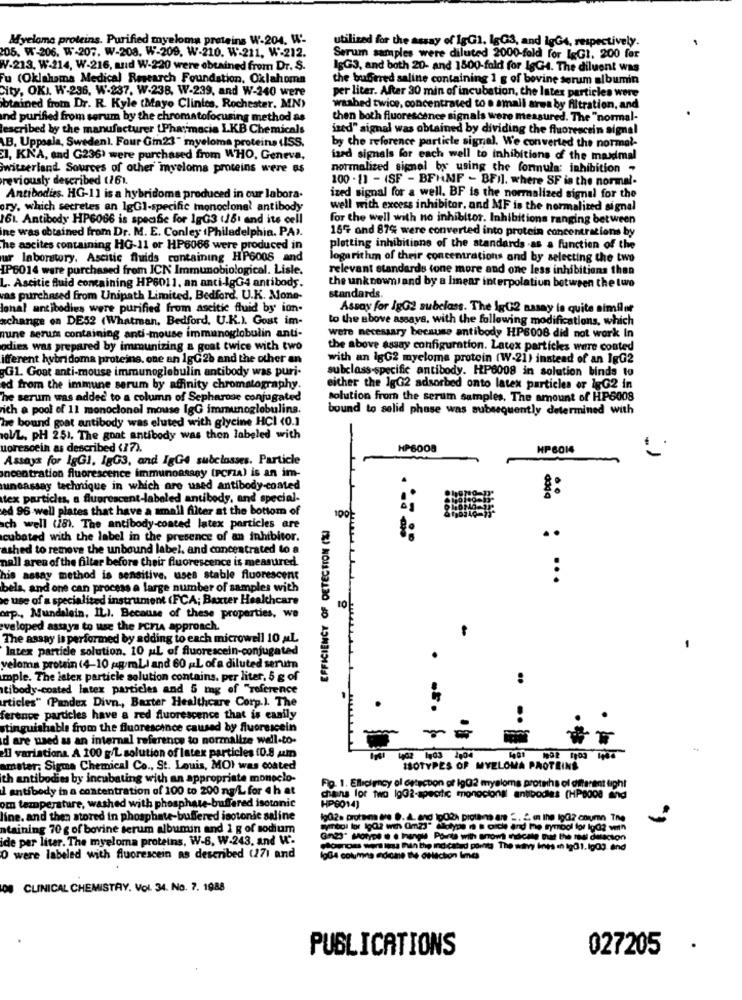
Myeloma proteins. Purified myeloma proteins W-204. W-
utilized for the assay of 1gG1. lgG3, and igGA, respectively.
205. W-206. W-207. W-208. W-209. W-210. W'221, W-212.
Serum samples were diluted 2000-fold for IgGI, 200 for
W-213, W-214, W-216, and W-220 were obtained from Dr. S.
lgG3, and both 20- and 1500-fold for IgG4. The diluent was
Fu (Oklahoma Medical Research Foundation, Oklahoma
the buffered saline containing 1 g of bovine serum albumin
City, OKI. W-236, W-237. W.238, W-239, and W-240 were
per liter. After 30 min of incubation, the Intex particles were
obtained from Dr. R. Kyle (Mayo Clinics, Rochester, MN)
washed twice, concentrated to a small area by filtration, and
nd purified from serum by the chromatofocusing method as
then both fluorescence signals were measured. The "normal-
described by the manufacturer [Pharmacia LKB Chemicals
ized" signal was obtained by dividing the fluorescein signal
LB. Uppsala, Sweden). Four Gm23 " myeloma proteins (SS.
by the reference particle signal. We converted the normal-
CI, KNA, and G236) were purchased from WHO, Geneva,
ized signals for each well to inhibitions of the maximal
Switzerland Sources of other myeloma proteins were as
normalized signal by using the formula: inhibition -
previously described (161.
100 . 11 - (SF - BFHMF - BFI]. where SF in the normal-
Antibodies. HG-11 is a hybridoma produced in our labora.
ized signal for a well. BF is the normalized signal for the
ory, which secretes an 1gGl-specific monoclonal antibody
well with excess inhibitor, and MF is the normalized signal
161. Antibody HP6066 is specific for lgG3 (18) and ite cell
for the well with no inhibitor. Inhibitions ranging between
ne was obtained from Dr. M. E. Conley (Philadelphia, PA›.
15% and 87% were converted into protein concentrations by
The ascites containing HG-11 or HP6066 were produced in
plotting inhibitions of the standards -as a function of the
ur laboratory. Ascitic fluids containing HP6008 and
logarithm of their concentrations and by selecting the two
IP6014 ware purchased from ICK Immunobiological. Lisle.
relevant standards (one more and one less inhibitions than
L. Ascitic fluid containing HP6011, an anti-lgG4 antibody.
the unknown and by a linear interpolation between the two
vas purchased from Unipath Limited, Bedford. U.K. Mone-
standards.
Jonal antibodies were purified from ascitic fluid by ion.
Assay for IgGe subclass. The lgG2 aasay is quite similar
achange on DE52 (Whatman, Bedford, U.K.). Gout im-
to the above assaya, with the following modifications, which
une serum containing anti-mouse immunoglobulin anti-
were necessary because antibody HP6008 did not work In
odies was prepared by immunizing a goat twice with two
the above assay configuration. Latex particles were conted
ifferent hybridoma proteins. one an 1gG 2b and the other an
with an lgG2 myeloma protein (W-21) instead of an IgG2
G1. Goat anti-mouse immunoglobulin antibody was puri-
subclass-specific antibody. HP6008 in solution binds to
ed from the immune serum by affinity chromatography.
either the lgG2 adsorbed onto latex particles or lgG2 in
he serum was added to a column of Sepharoae conjugated
solution from the serum samples. The amount of HP6008
ich a pool of 11 monoclonal mouse IgG immunoglobulins.
bound to solid phase was subsequently determined with
he bound goat antibody was eluted with glycine HCI <0.1
POVL, PH 251. The goat antibody was then labeled with
-
uoresoein as described (17).
HP6008
HP 6014
Assays for IgGI. lgG3, and IgGe subclasses. Particle
oncentration fluorescence immunoassay (Pcrza) is an im-
uneassay technique in which are used antibody-coated
::
tex particles, a fluorescent-labeled antibody, and special-
ed 96 well plates that have a small filter at the bottom of
100
sch well (28). The antibody-coated latex particles are
EFFICIENCY OF DETECTION (%)
cubated with the label in the presence of an inhibitor.
..
ashed to remove the unbound label. and concentrated to a
nall aren of the filtar before their fluorescence is meantred.
his assay method is sensitive. uses stable fluorescent
...
bela, and one can process a large number of samples with
ve use of a specialized instrument (FCA; Baxter Healthcare
arp ., Mundelein, IL). Because of these properties, we
veloped assaya to use the FCFA approach.
The assay is performed by adding to each microwell 10 ML
Intex particle solution. 10 ML of fluorescein-conjugated
veloma protein (4-10 g/mLI and 60 ;L of a diluted serut
mple. The latex particle solution contains, per liter, 5 g of
..
tibody-coated latex particles and 5 mg of "reference
articles" (Pandex Divn ., Baxter Healthcare Corp.). The
ference particles have a red fluorescence that is easily
stinguishable from the fluorescence caused by fluorescein
d are used as an internal reference to normalize well-to-
il variations. A 100 g/L solution of latex particles (0.8 um
402 1403 1,04
1992 1103 1464
amster; Sigma Chemical Co ., St. Louis, MOI was coated
ISOTYPES OF MYELOMA PROTEINE
th antibodies by incubating with an appropriate monoclo-
I antibody in a concentration of 100 to 200 ng/L for 4 h at
Fig. 1. Elliciency ol ortecton of Ig02 mysloms protehs of different light
om temperature, washed with phosphate-buffered isotonic
chains for two lg@2-specific monocional antibodies (HP8008 and
HP8014)
line. and then stored in phosphate-buffered isotonic saline
ntaining 70 g of bovine serum albumin and 1 g of sodium
ide per liter. The myeloma proteins, W-8, W-243, and V.
Gin23" Motype . . Ihangi Porta with snowt ndcate out the me ditso
pouroms wert lisa Buin the indicated points The wavy ines en tg01.1003. and
O were labeled with fluorescein as described (271 and
lgG4 columns adicae the celection limes
OF CLINICAL CHEMISTRY, Vol. 34. No. 7. 1988
PUBLICATIONS
027205
.